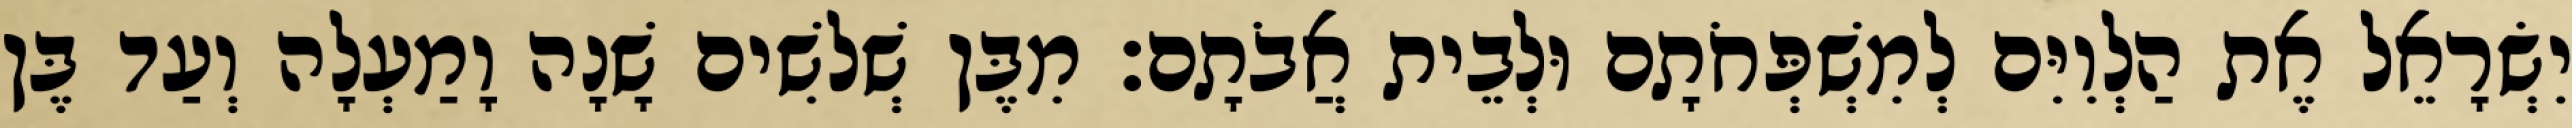
יִשְׂרָאֵל אֶת הַלְוִיִּם לְמִשְׁפְּחֹתָם וּלְבֵית אֲבֹתָם׃ מִבֶּן שְׁלשִׁים שָׁנָה וָמַעְלָה וְעַד בֶּן